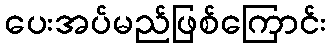
ပေးအပ်မည်ဖြစ်ကြောင်း